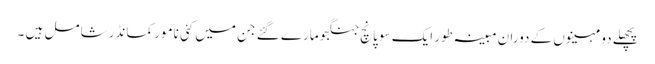
پچھلے دو مہینوں کے دوران مبینہ طور ایک سو پانچ جنگجو مارے گئے جن میں کئی نامور کمانڈر شامل ہیں ۔